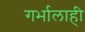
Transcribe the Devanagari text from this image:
गर्भालाही